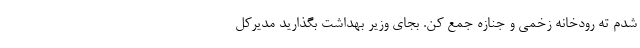
شدم ته رودخانه زخمی و جنازه جمع کن. بجای وزیر بهداشت بگذارید مدیرکل